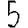
Digit: 5